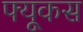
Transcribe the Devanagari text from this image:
फ्यूकस